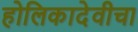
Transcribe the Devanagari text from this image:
होलिकादेवीचा